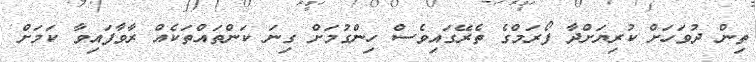
ތިން ދުވަހަށް ކުރިޔަށްދާ ފޯރަމްގެ ތެރޭގައިވެސް ހިންގުމަށް ގިނަ ކަންތައްތަކެއް ރާވާފައިވާ ކަމަށް